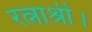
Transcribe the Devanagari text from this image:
रत्नाश्री।